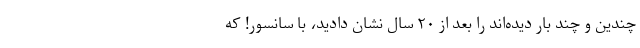
چندین و چند بار دیده‌اند را بعد از ۲۰ سال نشان دادید، با سانسور! که